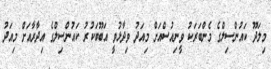
މިލަދޫ ކައުންސިލްގެ މެންބަރަކު ވީނިއުސްއަށް މިއަދު ވިދާޅުވީ އަބޫބަކުރު ކައުންސިލްގެ އިދާރާއަށް މިއަދު